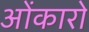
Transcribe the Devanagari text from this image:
ओंकारो